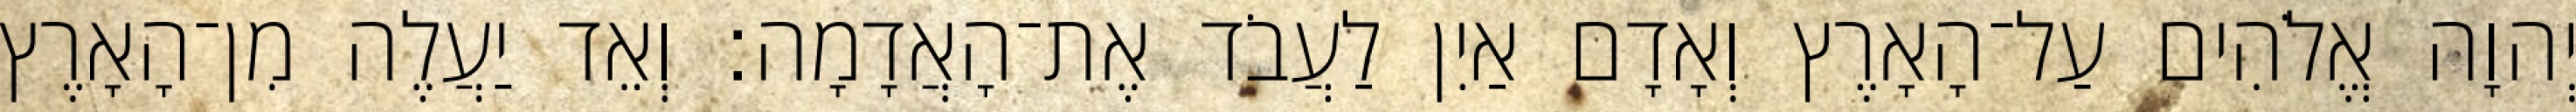
יְהוָה אֱלֹהִים עַל־הָאָרֶץ וְאָדָם אַיִן לַעֲבֹד אֶת־הָאֲדָמָה׃ וְאֵד יַעֲלֶה מִן־הָאָרֶץ